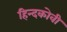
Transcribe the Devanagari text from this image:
हिन्दकोवी